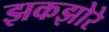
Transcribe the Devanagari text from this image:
झकझोरे